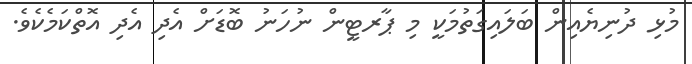
މުޅި ދުނިޔެއިން ބަލައިގަތުމަކީ މި ޕާރޓީން ނުހަނު ބޮޑަށް އެދި އެދި އޮތްކަމެކެވެ.